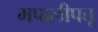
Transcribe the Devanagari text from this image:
मपालीपत्तू